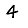
Digit: 4